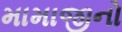
મામાજીનો